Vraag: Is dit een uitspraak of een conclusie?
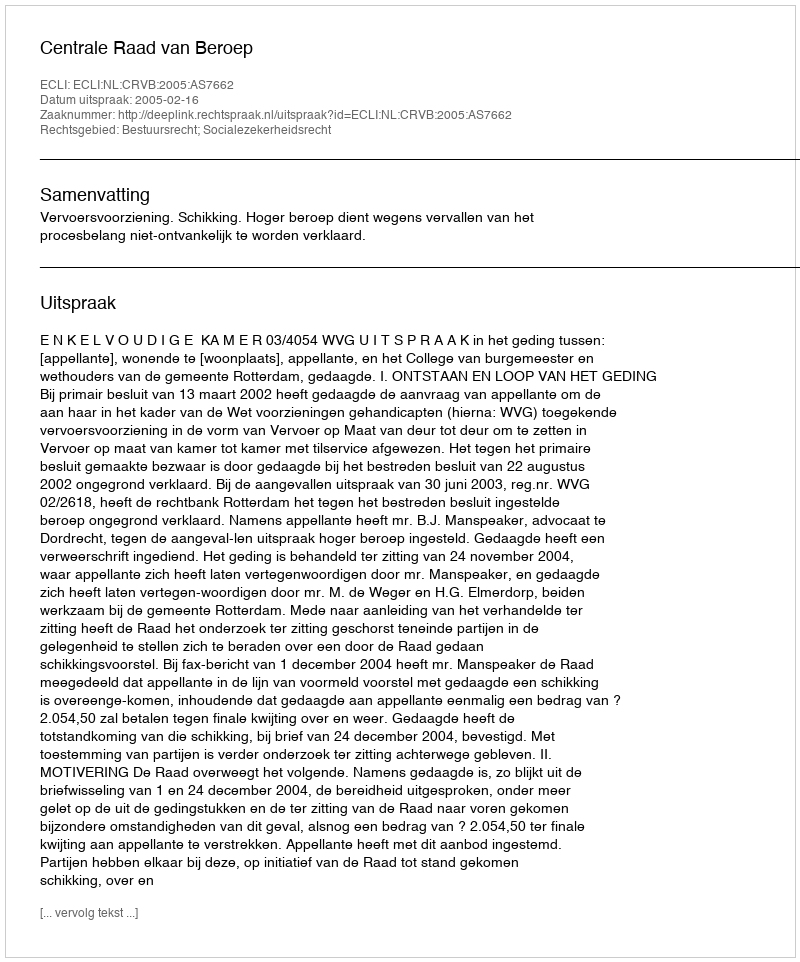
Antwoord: Uitspraak